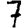
Digit: 7